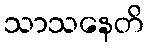
သာသနေတိ